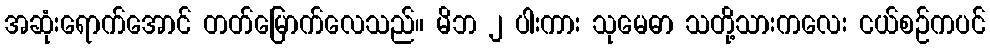
အဆုံးရောက်အောင် တတ်မြောက်လေသည်။ မိဘ ၂ ပါးကား သုမေဓာ သတို့သားကလေး ငယ်စဉ်ကပင်